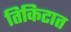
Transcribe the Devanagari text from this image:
तिकिटात